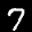
Label: 7